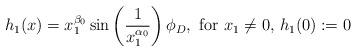
LaTeX: \begin{align*}h_1(x)=x_1^{\beta_0}\sin\left(\frac{1}{x_1^{\alpha_0}} \right)\phi_D,~ \mbox{for $x_1\neq 0$, $h_1(0):=0$}\end{align*}